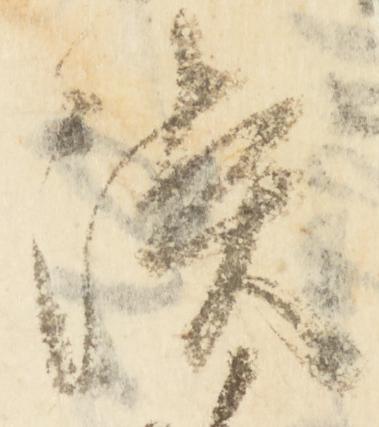
淡